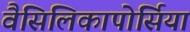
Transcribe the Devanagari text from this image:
वैसिलिकापोर्सिया